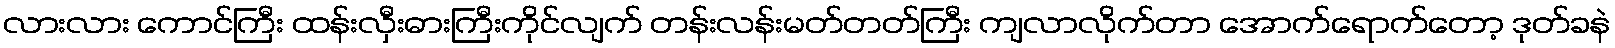
လားလား ကောင်ကြီး ထန်းလှီးဓားကြီးကိုင်လျက် တန်းလန်းမတ်တတ်ကြီး ကျလာလိုက်တာ အောက်ရောက်တော့ ဒုတ်ခနဲ